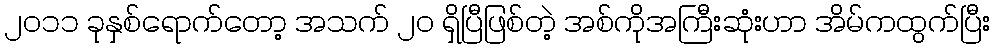
၂၀၁၁ ခုနှစ်ရောက်တော့ အသက် ၂၀ ရှိပြီဖြစ်တဲ့ အစ်ကိုအကြီးဆုံးဟာ အိမ်ကထွက်ပြီး